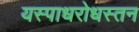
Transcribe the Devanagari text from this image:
यस्पाधरोधस्तन